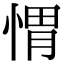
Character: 㥜